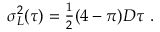
\begin{array} { r } { \sigma _ { L } ^ { 2 } ( \tau ) = \frac { 1 } { 2 } ( 4 - \pi ) D \tau \ . } \end{array}